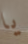
يا